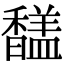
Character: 𩡚